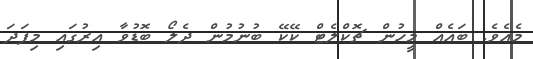
މެއެވެ. ބައެއް މީހުން ޗޮކްލެޓް ކޭކޭ ބުނުމުން ދެލޯ ބޮޑުވާ އިރުގައި މިފަދަ